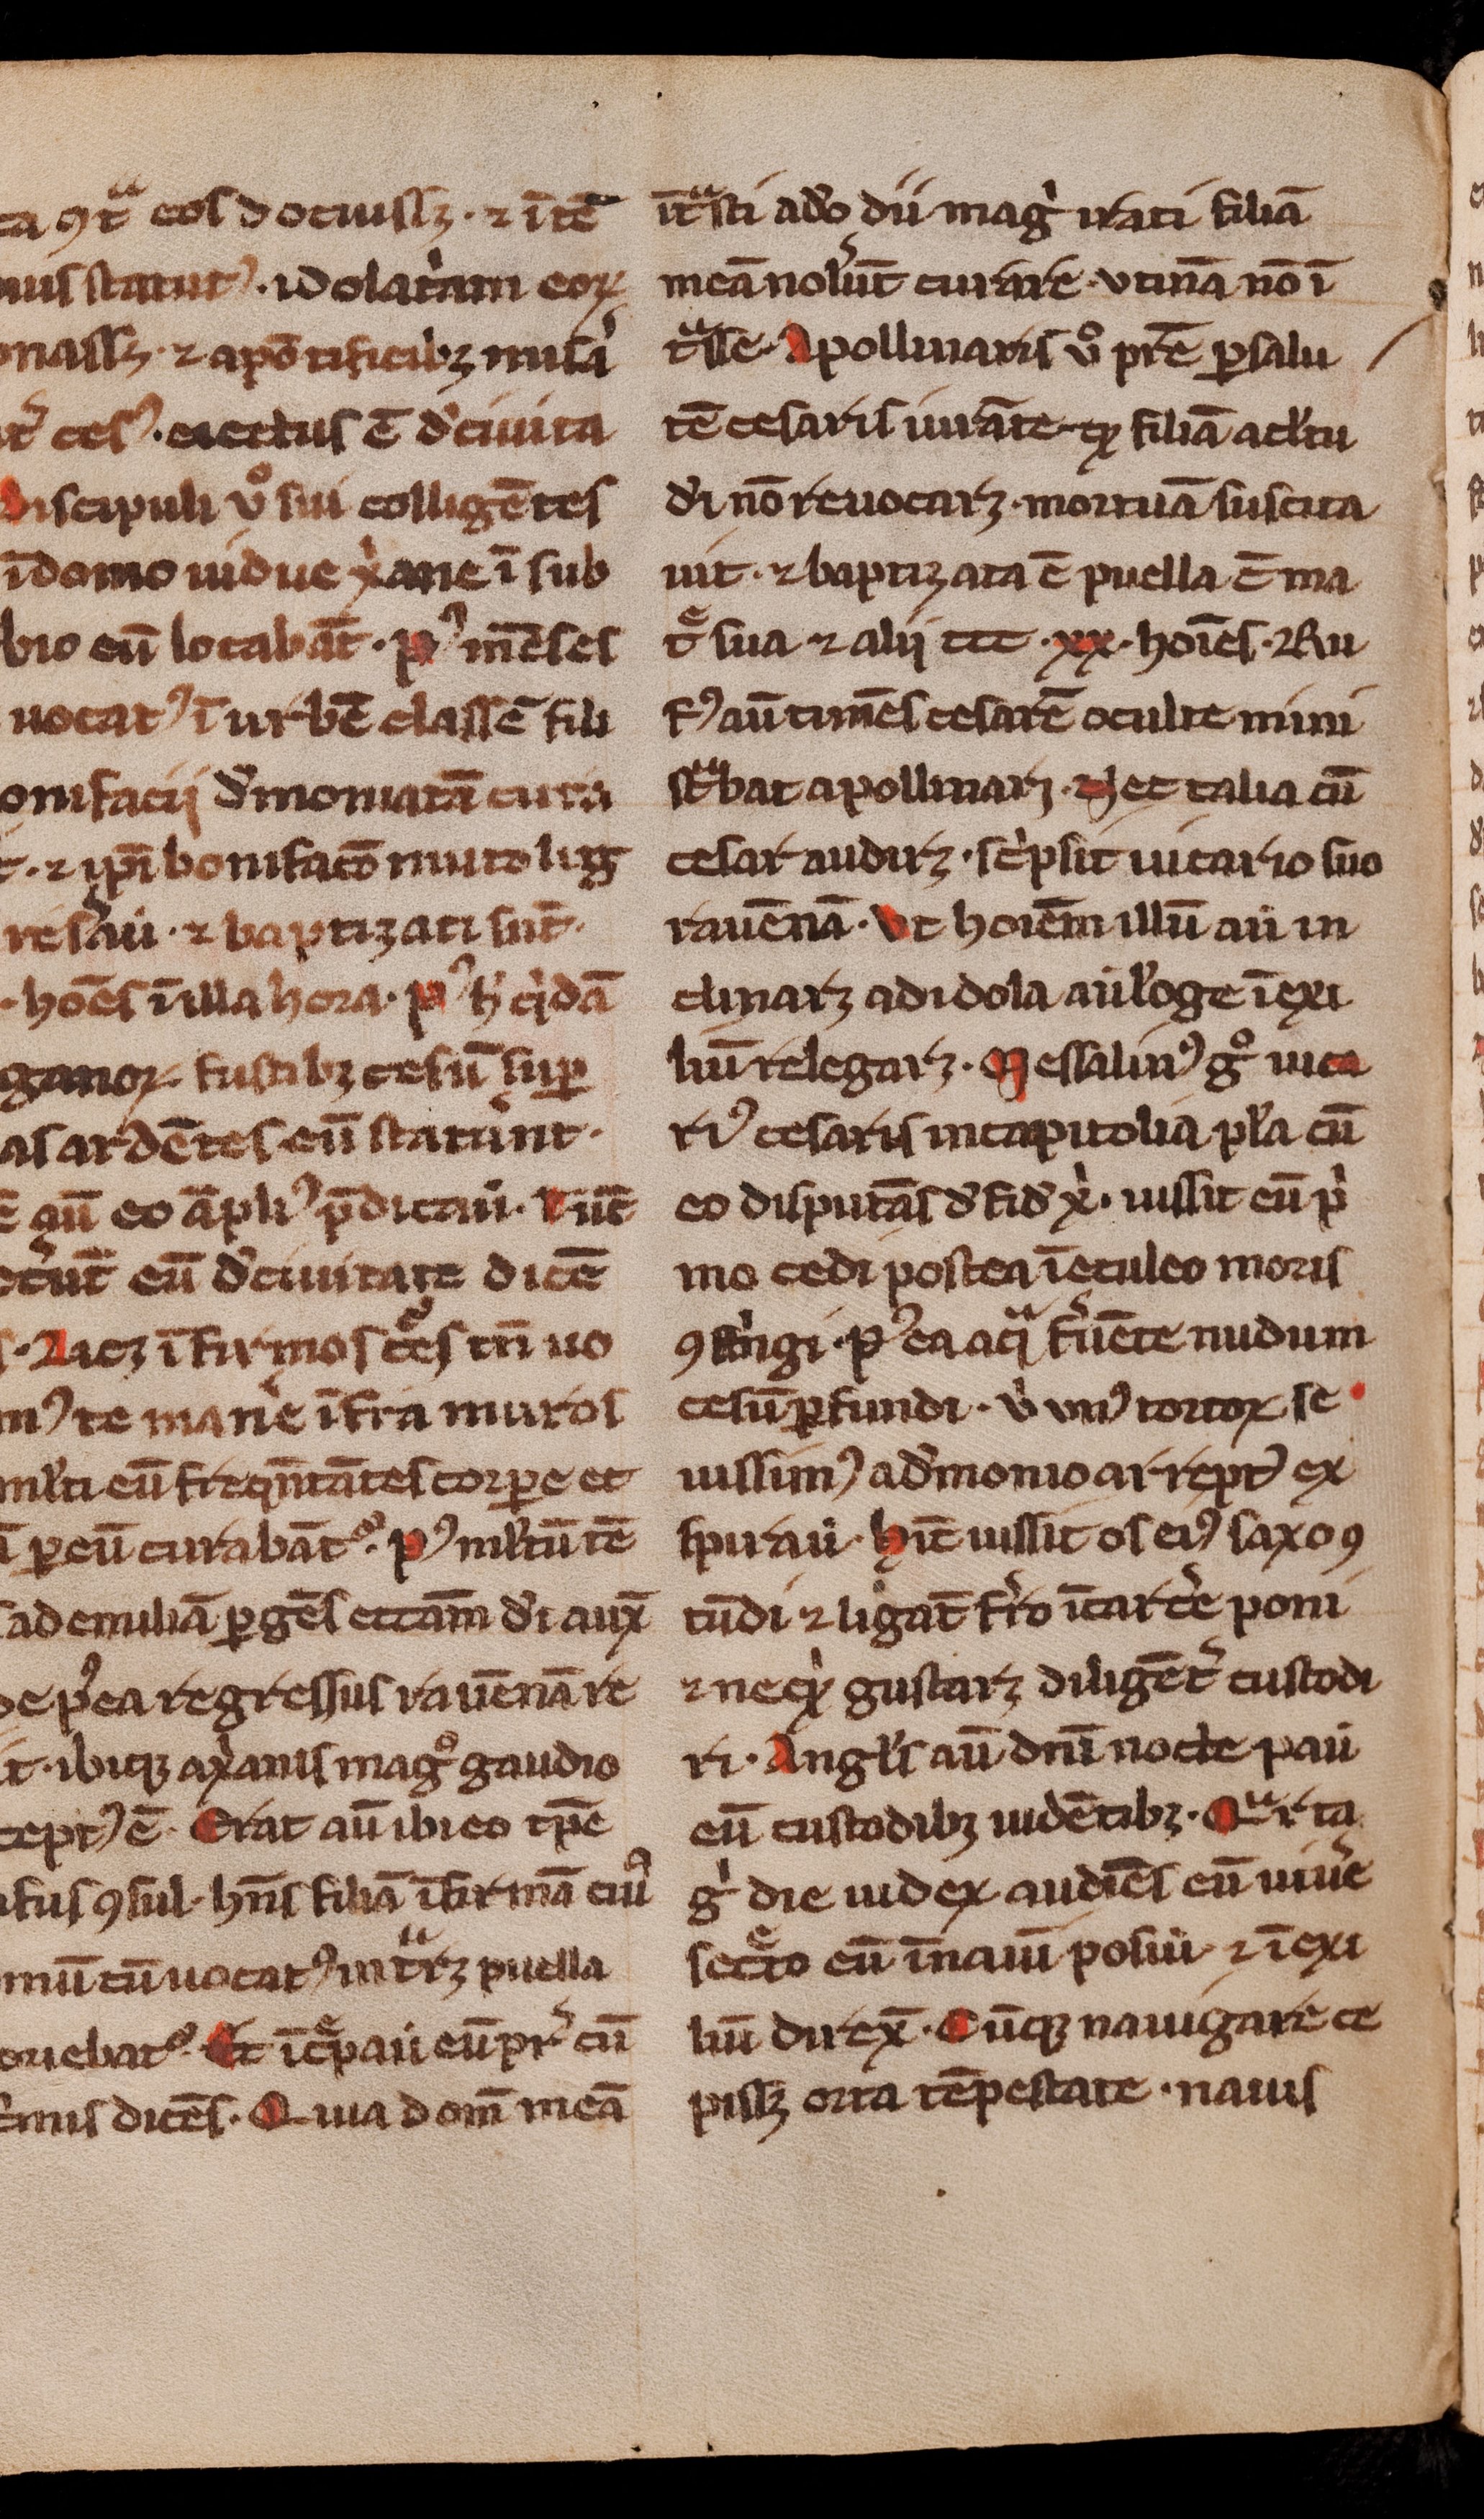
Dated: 1300–1399